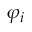
\varphi _ { i }